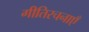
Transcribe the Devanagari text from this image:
गीतिरचनाएँ